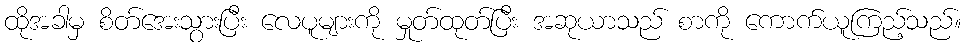
ထိုအခါမှ စိတ်အေးသွားပြီး လေပူများကို မှုတ်ထုတ်ပြီး အဆုယာသည် စာကို ကောက်ယူကြည့်သည်။